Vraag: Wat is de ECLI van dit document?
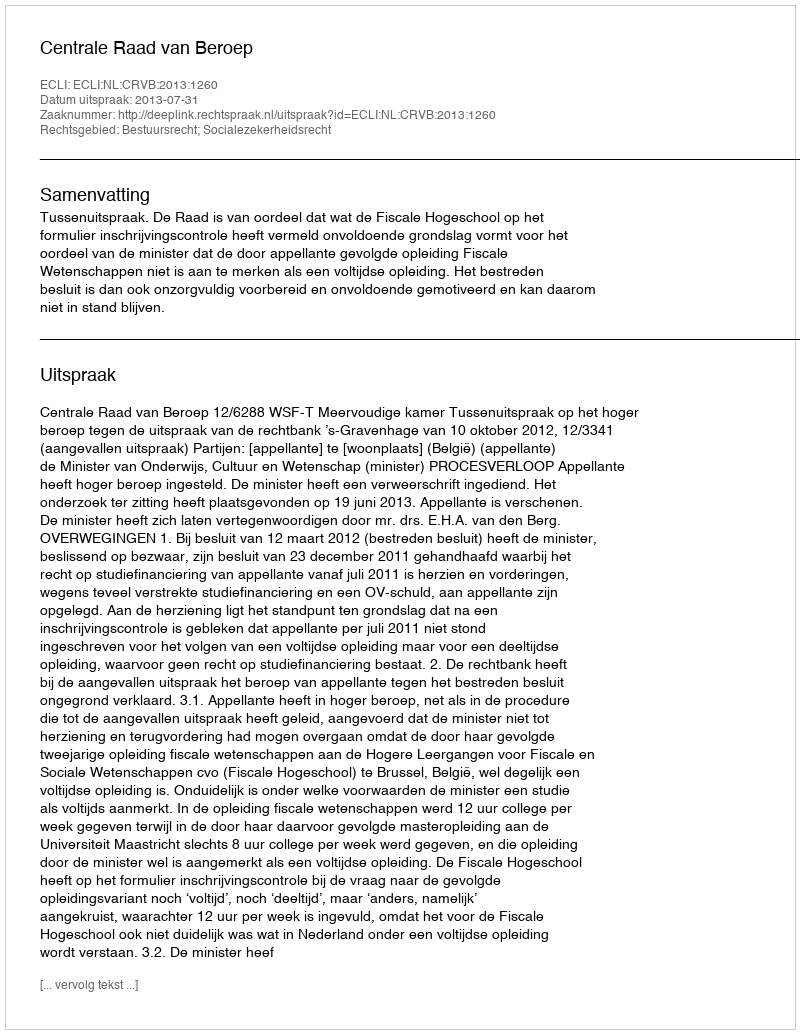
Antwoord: ECLI:NL:CRVB:2013:1260